Materia medica of Madras volume I
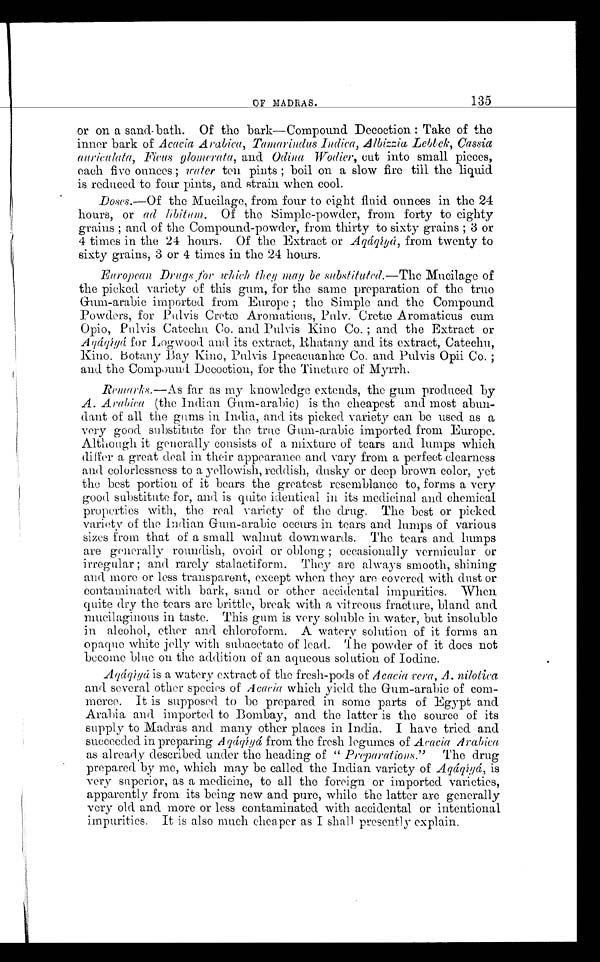
OF MADRAS.
135
or on a sand-bath. Of the bark—Compound Decoction: Take of the
inner bark of Acacia Aiabica, Tamarindus Indica, Albizzia Lebbek, Cassia
aurieulata, Ficus glomerata, and. Odina Wodier, cut into small pieces,
each five ounces; water ten pints; boil on a slow fire till the liquid
is reduced to four pints, and strain when cool.
Doses.—Of the Mucilage, from four to eight fluid ounces in the 24
hours, or ad libitum. Of the Simple-powder, from forty to eighty
grains; and of the Compound-powder, from thirty to sixty grains; 3 or
4 times in the 24 hours. Of the Extract or Aqáqíyá, from twenty to
sixty grains, 3 or 4 times in the 24 hours.
European Drugs for which they may be substituted.—The Mucilage of
the picked variety of this gum, for the same preparation of the true
Gum-arabic imported from Europe; the Simple and the Compound
Powders, for Pulvis Cretæ Aromaticus, Puly. Cretæ Aromaticus cum
Opio, Pulvis Cateehu Co. and Pulvis Kino Co. ; and the Extract or
A Aqáqíyá for Logwood and its extract, Rhatany and its extract, Catechu,
Kino. Botany Bay Kino, Pulvis Ipecaeuanhæ Co. and Pulvis Opii Co. ;
and the Compound Decoction, for the Tincture of Myrrh.
Remarks.—As far as my knowledge extends, the gum produced by
A. Arabica (the Indian Gum-arabic) is the cheapest and most abun
-dant of all the gums in India, and its picked variety can be used as a
very good substitute for the true Gum-arabic imported from Europe.
Although it generally consists of a mixture of tears and lumps which
differ a great deal in their appearance and vary from a perfect clearness
and colorlessness to a yellowish, reddish, dusky or deep brown color, yet
the best portion of it bears the greatest resemblance to, forms a very
good substitute for, and is quite identical in its medicinal and chemical
properties with, the real variety of the drug. The best or picked
variety of the Indian Gum-arabic occurs in tears and lumps of various
sizes from that of a small walnut downwards. The tears and lumps
are generally roundish, ovoid or oblong ; occasionally vermicular or
irregular; and rarely stalactiform. They are always smooth, shining
and more or less transparent, except when they are covered with dust or
contaminated with bark, sand or other accidental impurities. When
quite dry the tears are brittle, break with a vitreous fracture, bland and
mucilaginous in taste. This gum is very soluble in water, but insoluble
in alcohol, ether and chloroform. A watery solution of it forms an
opaque white jelly with subacetate of lead. 'The powder of it does not
become blue on the addition of an aqueous solution of Iodine.
Aqáqíyá is a watery extract of the fresh-pods of Acacia vera, A. nilotica
and several other species of Acacia which yield the Gum-arabic of com
-merce. It is supposed to be prepared in some parts of Egypt and
Arabia and imported to Bombay, and the latter is the source of its
supply to Madras and many other places in India. I have tried and
succeeded in preparing Aq á q í y á f r o m t h e f r e s h l e g u m e s o fA
c a c i a A r a b i c a
as already described under the heading of " Preparations." The drug
prepared by me, which may be called the Indian variety of Aqáqíyá, is
very superior, as a medicine, to all the foreign or imported varieties,
apparently from its being new and pure, while the latter are generally
very old and more or less contaminated with accidental or intentional
impurities. It is also much cheaper as I shall presently explain.